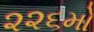
૨૨૬મો